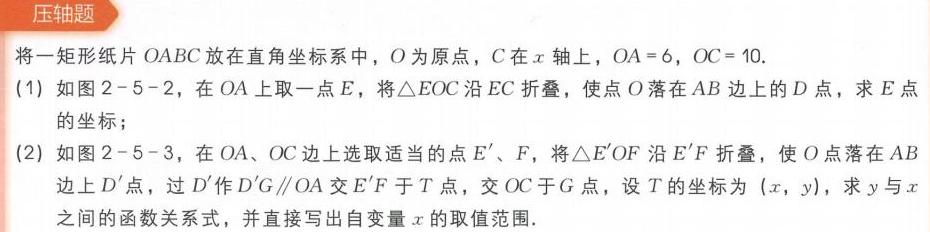
压轴题
将一矩形纸片\(OABC\)放在直角坐标系中，\(O\)为原点，\(C\)在\(x\)轴上，\(OA = 6\)，\(OC = 10\)。
(1) 如图2 - 5 - 2，在\(OA\)上取一点\(E\)，将\(\triangle EOC\)沿\(EC\)折叠，使点\(O\)落在\(AB\)边上的\(D\)点，求\(E\)点的坐标；
(2) 如图2 - 5 - 3，在\(OA\)、\(OC\)边上选取适当的点\(E'\)、\(F\)，将\(\triangle E'OF\)沿\(E'F\)折叠，使\(O\)点落在\(AB\)边上\(D'\)点，过\(D'\)作\(D'G\parallel OA\)交\(E'F\)于\(T\)点，交\(OC\)于\(G\)点，设\(T\)的坐标为\((x,y)\)，求\(y\)与\(x\)之间的函数关系式，并直接写出自变量\(x\)的取值范围。